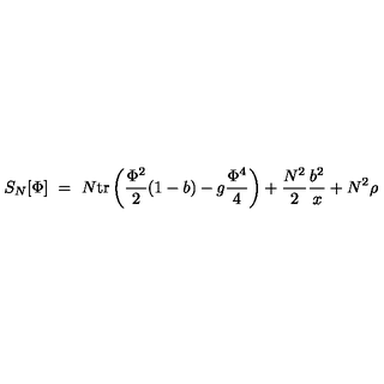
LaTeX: S _ { N } [ \Phi ] \ = \ N \mathrm { t r } \left( { \frac { \Phi ^ { 2 } } { 2 } } ( 1 - b ) - g { \frac { \Phi ^ { 4 } } { 4 } } \right) + { \frac { N ^ { 2 } } { 2 } } { \frac { b ^ { 2 } } { x } } + N ^ { 2 } \rho